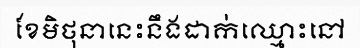
ខែមិថុនានេះនឹងដាក់ឈ្មោះនៅ